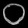
Digit: ၀